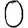
Digit: 0